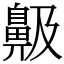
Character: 䶋